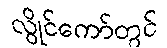
လွိုင်ကော်တွင်